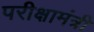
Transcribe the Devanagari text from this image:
परीक्षामंत्री